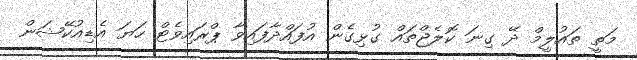
މަތީ ތައުލީމް ދޭ ގިނަ ކޮލެޖްތައް ގުޅިގެން އުފައްދާފައިވާ ޕްރައިވެޓް ހަޔަ އެޑިއުކޭޝަން